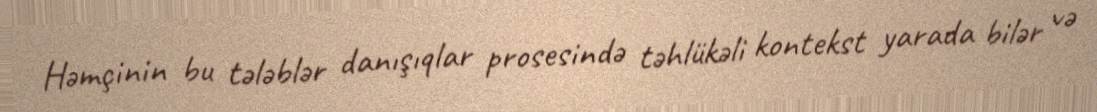
Həmçinin bu tələblər danışıqlar prosesində təhlükəli kontekst yarada bilər və